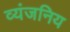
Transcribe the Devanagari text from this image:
व्यंजनिय